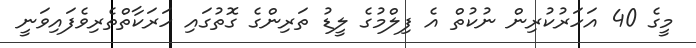
މީގެ 40 އަހަރުކުރިން ނުކުތް އެ ފިލްމުގެ ލީޑު ތަރިންގެ ގޮތުގައި ހަރަކާތްތެރިވެފައިވަނީ